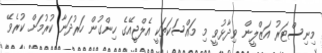
މިނިސްޓަރު އަޒްލީން ވިދާޅުވީ މި މައްސަކަތަކީ އެލްޖީއޭގެ ހިންގުން ހަރުދަނާ ކުރުމަށް ކުރެވޭ